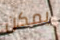
يمكن